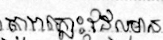
តារាភ្លោះដែលមាន